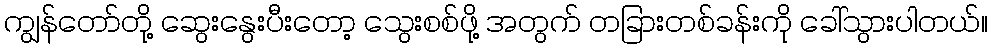
ကျွန်တော်တို့ ဆွေးနွေးပီးတော့ သွေးစစ်ဖို့ အတွက် တခြားတစ်ခန်းကို ခေါ်သွားပါတယ်။